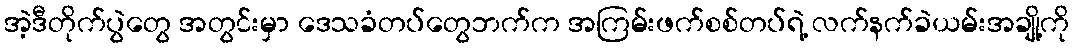
အဲ့ဒီတိုက်ပွဲတွေ အတွင်းမှာ ဒေသခံတပ်တွေဘက်က အကြမ်းဖက်စစ်တပ်ရဲ့ လက်နက်ခဲယမ်းအချို့ကို